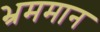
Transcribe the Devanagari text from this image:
भ्रममान